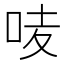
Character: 𠲊